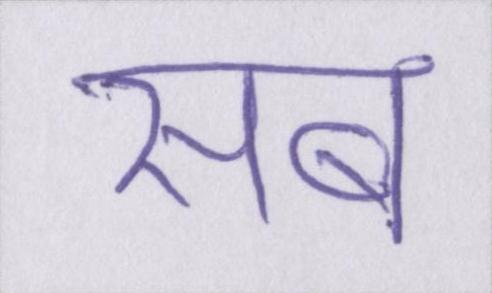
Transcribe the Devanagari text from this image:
सब